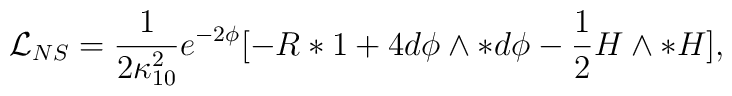
{\mathcal{L}}_{NS}={\frac{1}{2 \kappa_{10}^2}}{ e^{-2\phi}} [ -R*1 + 4d \phi \wedge*d \phi - \frac{1}{2} H \wedge *H ],